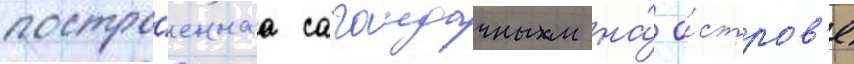
постро́еннаа сагаидачным на́ о́стров'е